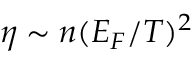
\eta \sim n ( E _ { F } / T ) ^ { 2 }